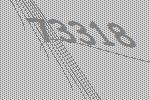
73318